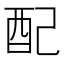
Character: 配